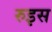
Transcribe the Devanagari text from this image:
रुइस